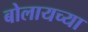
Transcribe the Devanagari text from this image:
बोलायच्या